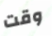
وقت